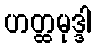
ဟတ္ထမုဒ္ဒါ